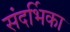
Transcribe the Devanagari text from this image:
संदर्भिका